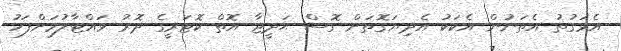
އެވަގުތު އެތަނުން އެކަކު އެދިޔަގޮތަށް ގޮސް ޙަދީޖާ އޮތް ކޮޓަރީގެ ދޮރު ވައްޓާލުމަށްފަހު